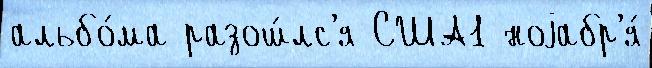
альбо́ма разош́лс'я США1 ноjабр'я́